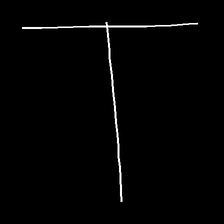
Glyph: column